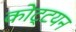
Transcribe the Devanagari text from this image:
कोट्टयन